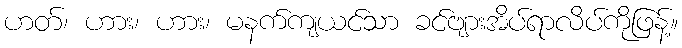
ဟတ်၊ ဟား၊ ဟား၊ မနက်ကျယင်သာ ခင်ဗျားအိပ်ရာလိပ်ကိုဖြန့်။